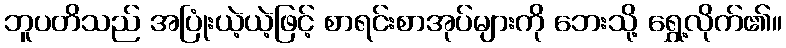
ဘူပတိသည် အပြုံးယဲ့ယဲ့ဖြင့် စာရင်းစာအုပ်များကို ဘေးသို့ ရွှေ့လိုက်၏။